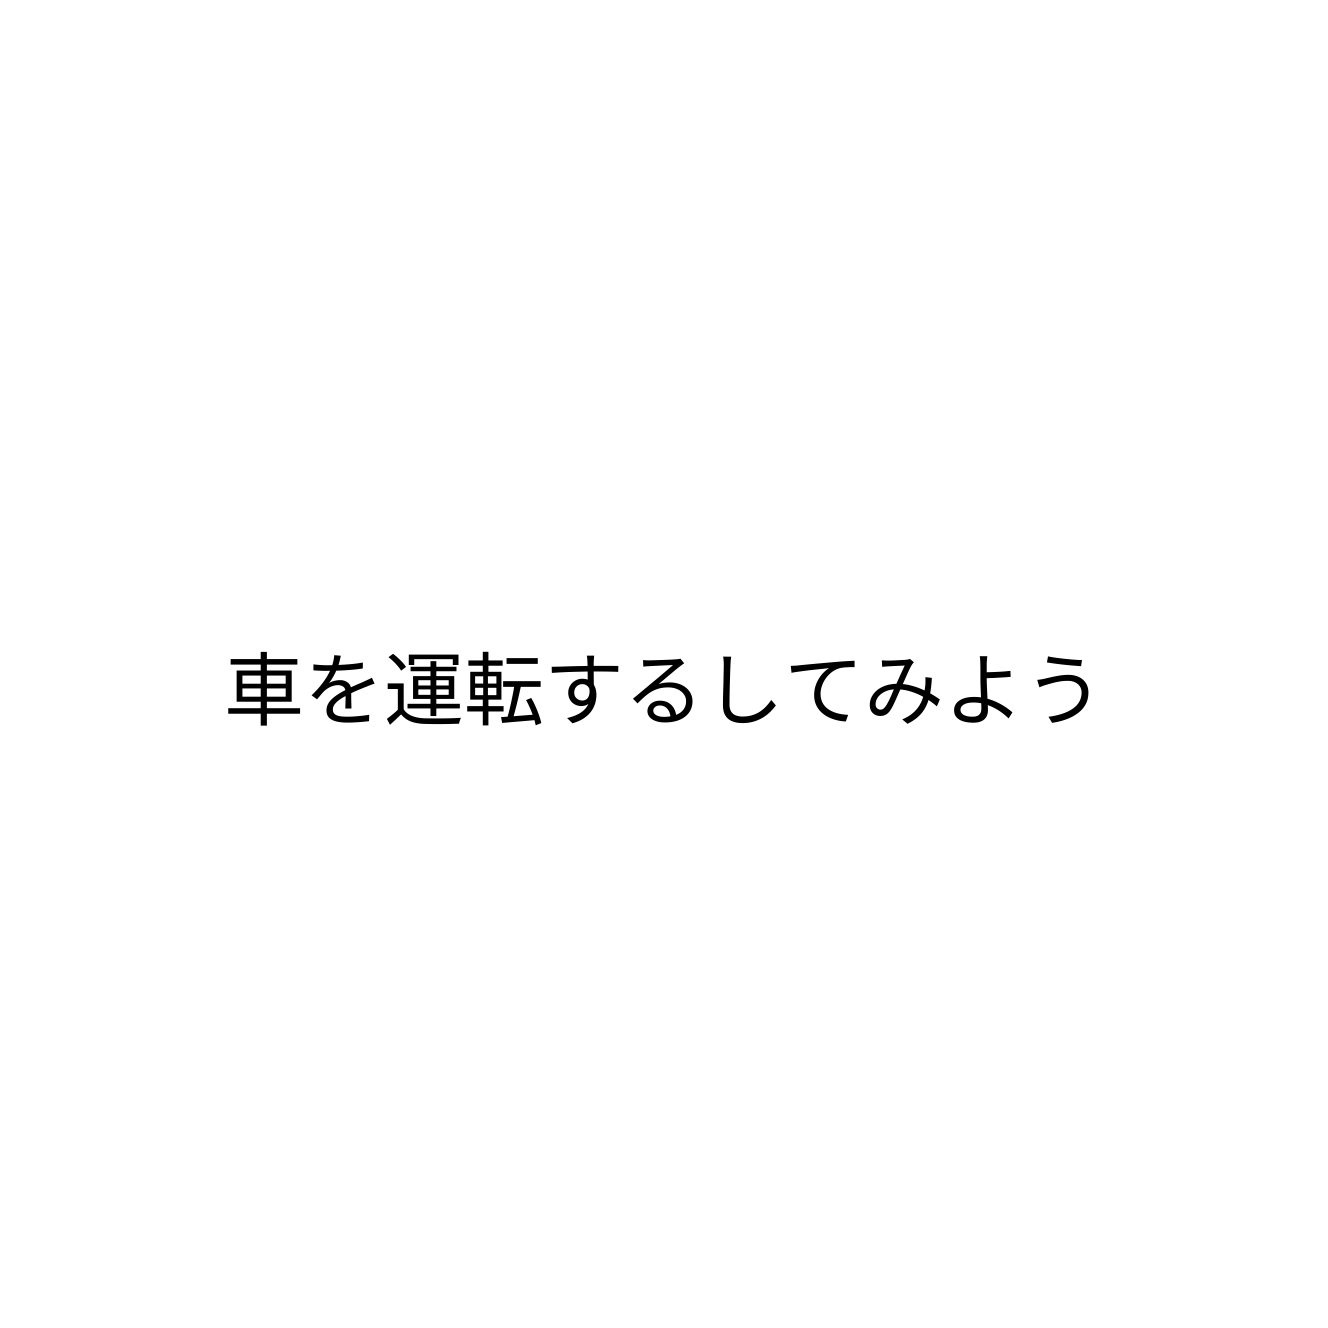
車を運転するしてみよう